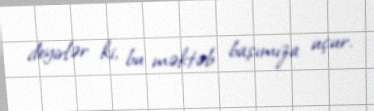
deyirlər ki, bu məktəb başımıza uçur.